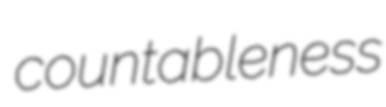
countableness